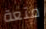
متعة